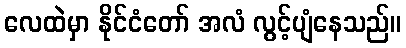
လေထဲမှာ နိုင်ငံတော် အလံ လွင့်ပျံနေသည်။